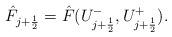
LaTeX: \begin{align*}\hat{F}_{j+\frac{1}{2}}=\hat{F}(U^{-}_{j+\frac{1}{2}},U^{+}_{j+\frac{1}{2}}).\end{align*}